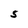
Character: S